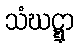
သံဃဋ္ဋာ